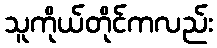
သူကိုယ်တိုင်ကလည်း